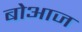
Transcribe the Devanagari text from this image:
बोआज